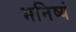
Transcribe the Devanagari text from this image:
मनिष्यं